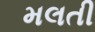
મલતી